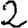
Digit: 2